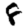
Digit: 8